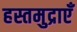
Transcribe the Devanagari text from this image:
हस्तमुद्राएँ